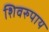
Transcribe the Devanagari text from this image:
शिवरुपाय